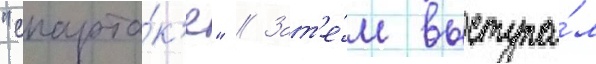
"спарта́к'е" // Зат'е́м выступа́л